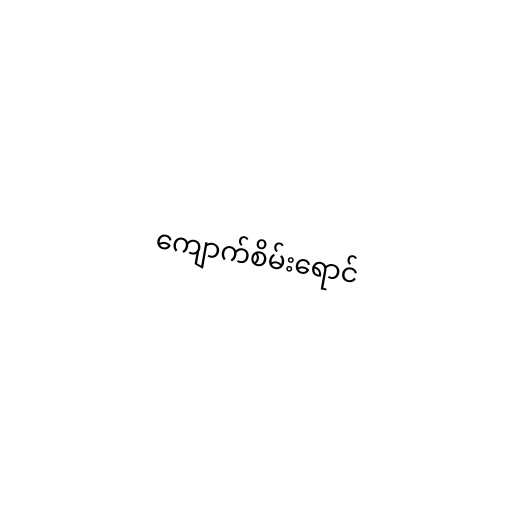
ကျောက်စိမ်းရောင်